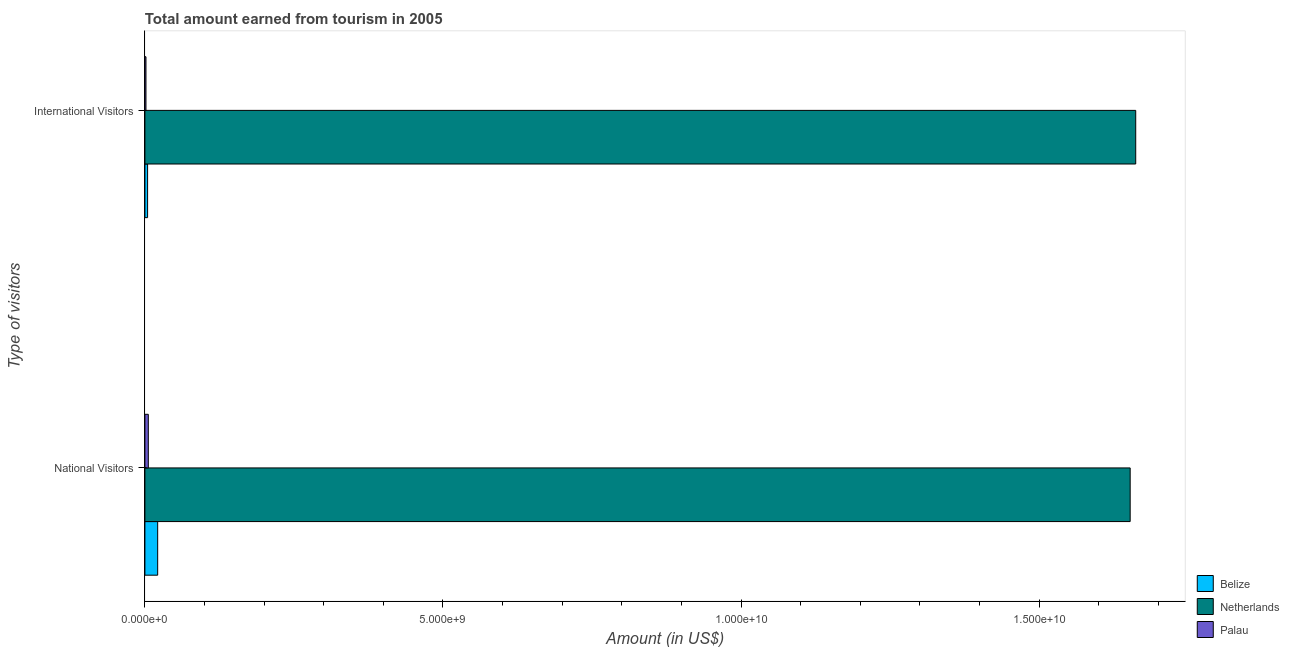
| Type of visitors | Belize | Netherlands | Palau |
 | --- | --- | --- | --- |
 | National Visitors | 2.14e+08 | 1.65e+10 | 5.7e+07 |
 | International Visitors | 4.5e+07 | 1.66e+10 | 1.77e+07 |